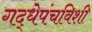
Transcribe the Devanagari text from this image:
गद्धेपंचविशी